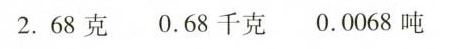
2.68克 0.68千克 0.0068吨